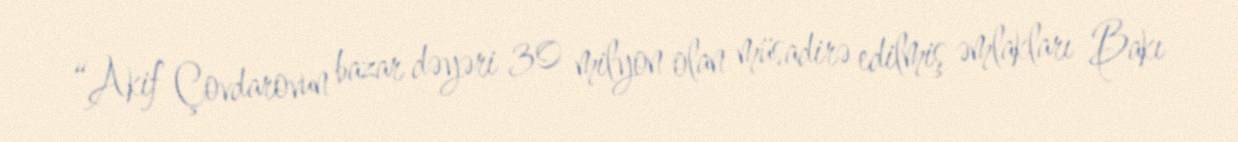
“Akif Çovdarovun bazar dəyəri 30 milyon olan müsadirə edilmiş əmlakları Bakı